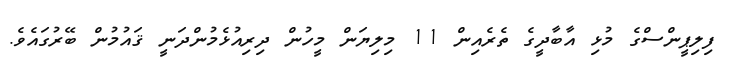
ފިލިޕީންސްގެ މުޅި އާބާދީގެ ތެރެއިން 11 މިލިޔަން މީހުން ދިރިއުޅެމުންދަނީ ޤައުމުން ބޭރުގައެވެ.